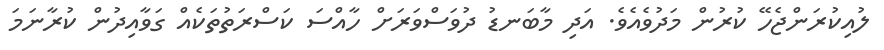
ލުއިކުރަންޖެހޭ ކުރުން މަދުވެއެވެ. އަދި މާބަނޑު ދުވަސްވަރަށް ހާއްސަ ކަސްރަތުތަކެއް ގަވާއިދުން ކުރާނަމަ